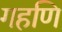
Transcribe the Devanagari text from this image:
गहणि